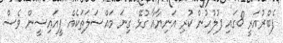
ފެބްރުއަރީ 8ގައި ފުލުހުން ކުރި އަނިޔާއާ ގުޅޭ ގިނަ މައްސަލަތަކެއް ޕީއައިސީން ވެސް